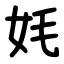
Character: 㚪